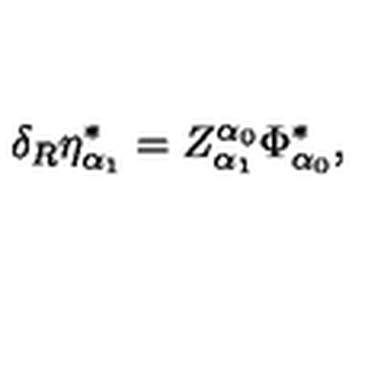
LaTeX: \delta _ { R } \eta _ { \alpha _ { 1 } } ^ { * } = Z _ { \alpha _ { 1 } } ^ { \alpha _ { 0 } } \Phi _ { \alpha _ { 0 } } ^ { * } ,